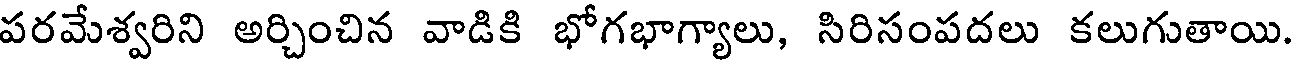
పరమేశ్వరిని అర్చించిన వాడికి భోగభాగ్యాలు, సిరిసంపదలు కలుగుతాయి.